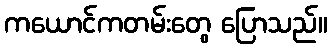
ကယောင်ကတမ်းတွေ ပြောသည်။